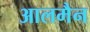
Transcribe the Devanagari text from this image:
आलमैन